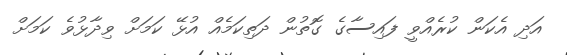
އަދި އެކަން ކުރެއްވީ ފައިސާގެ ގޮތުން ދަތިކަމެއް އުޅޭ ކަމަށް ވިދާޅުވެ ކަމަށް